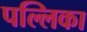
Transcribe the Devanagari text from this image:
पल्लिका